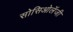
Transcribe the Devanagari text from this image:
सोसिओलॅजी